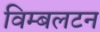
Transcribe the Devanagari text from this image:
विम्‍बलटन